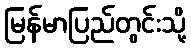
မြန်မာပြည်တွင်းသို့